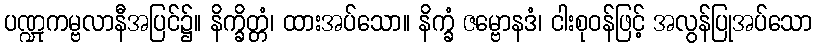
ပဏ္ဍုကမ္ဗလာနီအပြင်၌။ နိက္ခိတ္တံ၊ ထားအပ်သော။ နိက္ခံ ဇမ္ဗောနဒံ၊ ငါးစုဝန်ဖြင့် အလွန်ပြုအပ်သော